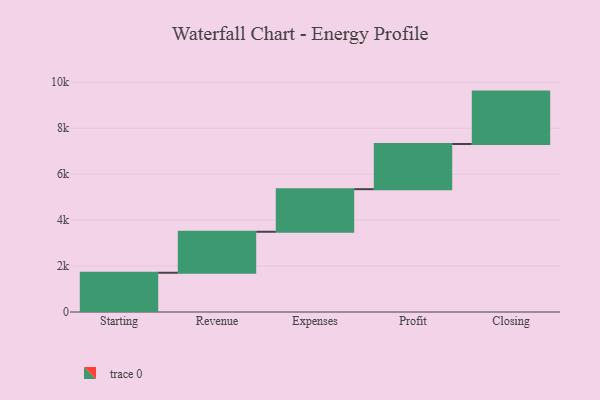
{"axis": {"x": "Step", "y": "Value"}, "legend": [""], "data": [{"x": "Starting", "y": 1708.0, "type": ""}, {"x": "Revenue", "y": 1785.0, "type": ""}, {"x": "Expenses", "y": 1854.0, "type": ""}, {"x": "Profit", "y": 1967.0, "type": ""}, {"x": "Closing", "y": 2280.0, "type": ""}]}